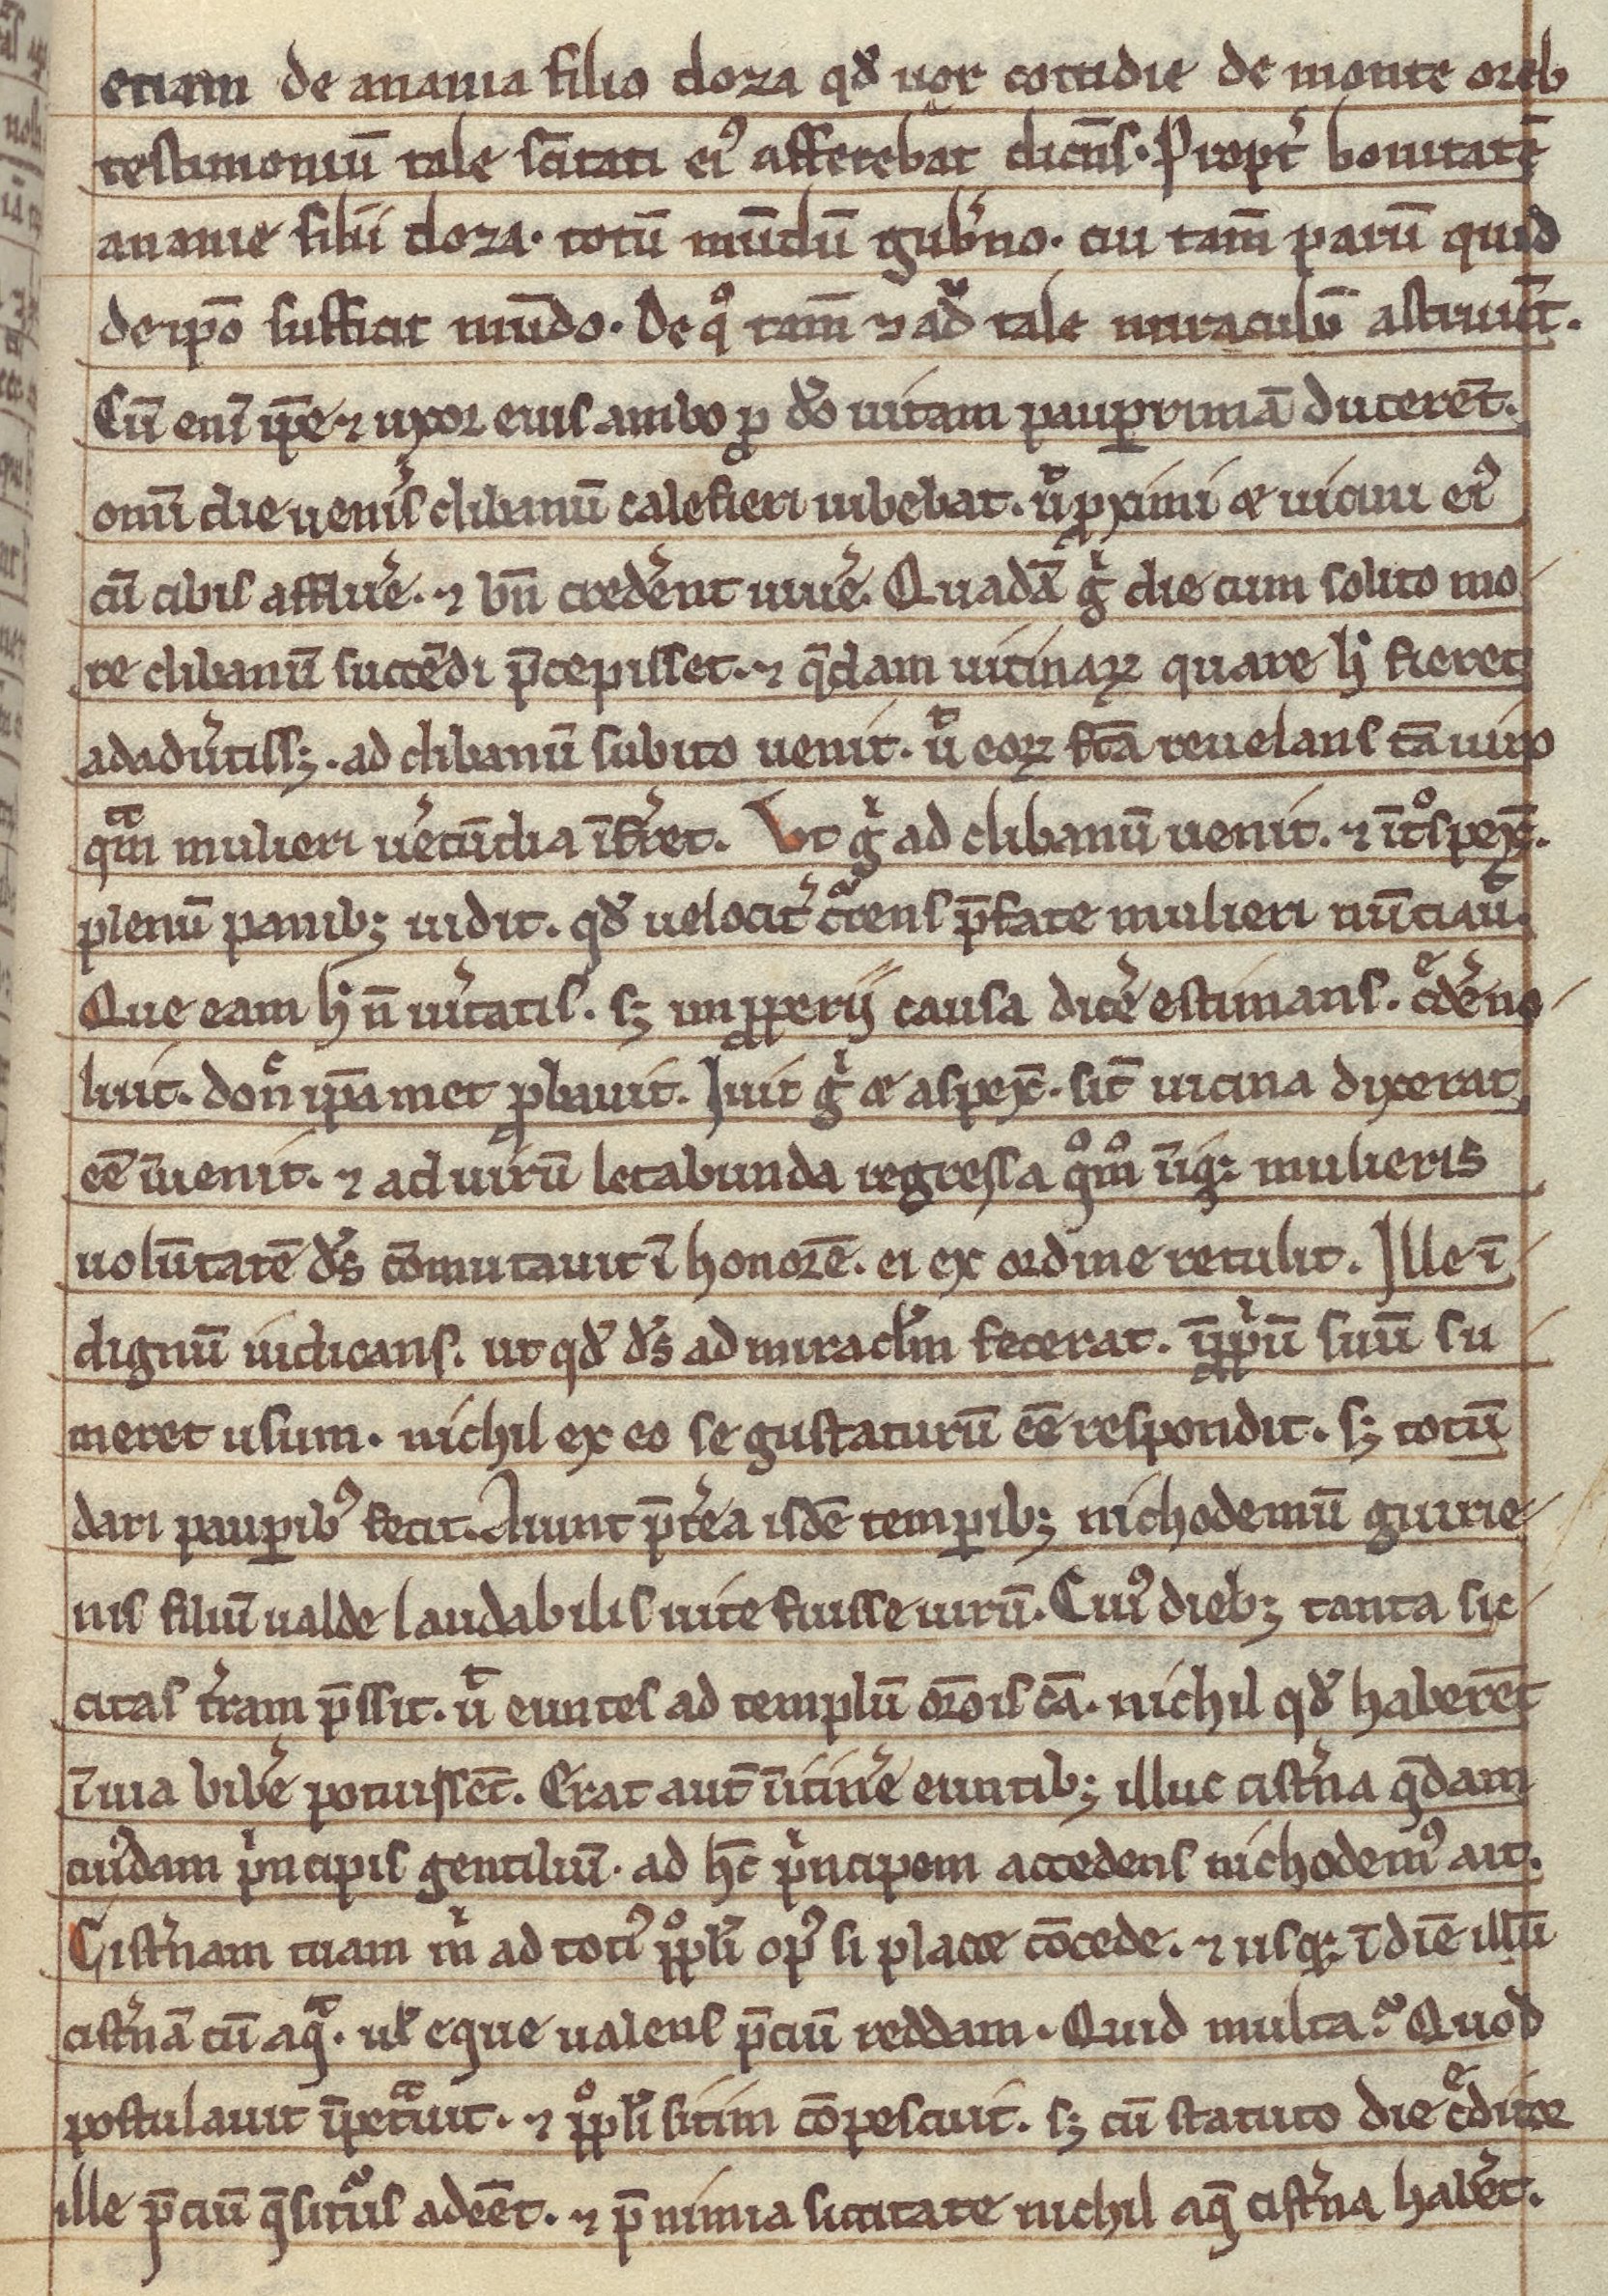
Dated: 1200–1299